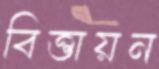
বিত্তায়ন